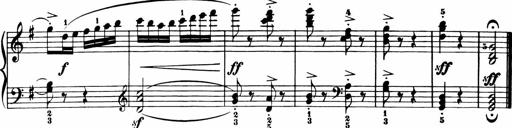
Title: 11 Sonatinas for Piano Solo
Composer: Anton Diabelli